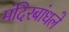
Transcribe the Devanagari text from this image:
मंदिरबांधले